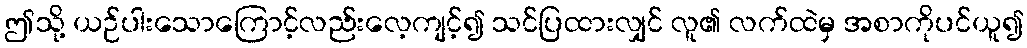
ဤသို့ ယဉ်ပါးသောကြောင့်လည်းလေ့ကျင့်၍ သင်ပြထားလျှင် လူ၏ လက်ထဲမှ အစာကိုပင်ယူ၍